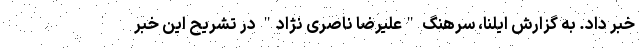
خبر داد. به گزارش ایلنا، سرهنگ "علیرضا ناصری نژاد" در تشریح این خبر